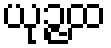
ယုဉ္ဇထ